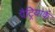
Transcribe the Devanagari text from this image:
पैट्रियार्क